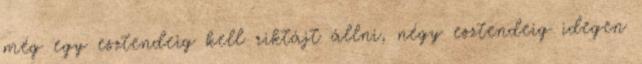
még egy esztendeig kell riktájt állni, négy esztendeig idegen